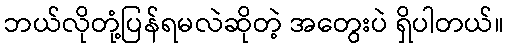
ဘယ်လိုတုံ့ပြန်ရမလဲဆိုတဲ့ အတွေးပဲ ရှိပါတယ်။